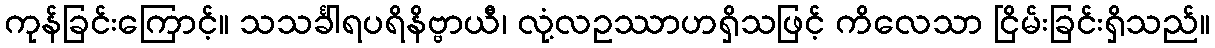
ကုန်ခြင်းကြောင့်။ သသင်္ခါရပရိနိဗ္ဗာယီ၊ လုံ့လဥဿာဟရှိသဖြင့် ကိလေသာ ငြိမ်းခြင်းရှိသည်။